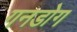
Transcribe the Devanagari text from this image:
गनडोग